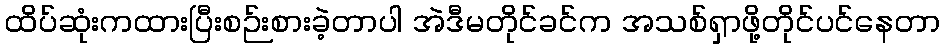
ထိပ်ဆုံးကထားပြီးစဉ်းစားခဲ့တာပါ အဲဒီမတိုင်ခင်က အသစ်ရှာဖို့တိုင်ပင်နေတာ